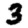
Digit: 3